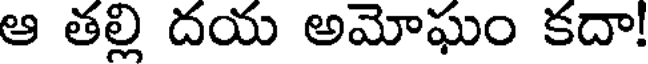
ఆ తల్లి దయ అమోఘం కదా!